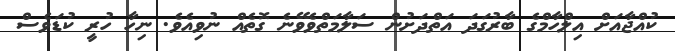
ކުއްޖާއަށް އިލްހާމްގެ ބާރުގަދަ އަތްދަށުން ސަލާމަތްވެވޭނެ ގޮތެއް ނުވިއެވެ. ނިހާ ހުރީ ކުޑަވެސް